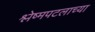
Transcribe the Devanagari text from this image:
श्लेष्मपटलाच्या